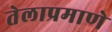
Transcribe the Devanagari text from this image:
तेलाप्रमाणे